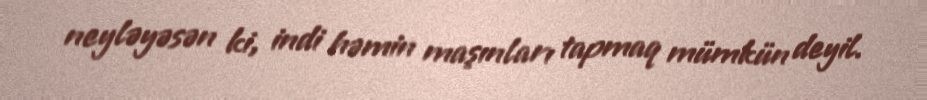
neyləyəsən ki, indi həmin maşınları tapmaq mümkün deyil.